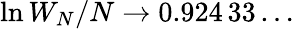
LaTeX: \ln W_{N}/N\to 0.924\, 33\ldots